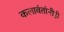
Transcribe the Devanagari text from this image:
कलावंतांनीही